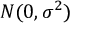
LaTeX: N ( 0 , \sigma ^ { 2 } )